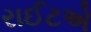
રાઈટએ